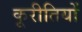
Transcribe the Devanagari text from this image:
कूरीतियों